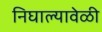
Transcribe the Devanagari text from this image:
निघाल्यावेळी